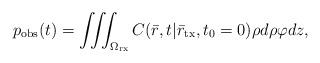
LaTeX: \begin{align*}p_{\rm obs}(t)=\iiint_{\Omega_{\rm rx}}{{C(\bar {r},t|{{\bar {r}}_{\rm tx}},{t_0=0})} \rho d\rho \varphi dz},\end{align*}